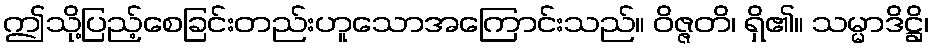
ဤသို့ပြည့်စေခြင်းတည်းဟူသောအကြောင်းသည်။ ဝိဇ္ဇတိ၊ ရှိ၏။ သမ္မာဒိဋ္ဌိ၊